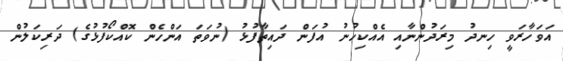
އަވަހާރަވީ ހިނދު މިރަދުންނާއި އެއްކިހުނު އުފަން ދައިތާފުޅު (ނުވަތަ އަންހެން ކޮއްކޯފުޅުގެ) ދަރިކަލުން